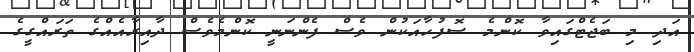
އަދި މި ބަޖެޓްގައިވާ ކޮންމެ ސޮފުހާއަކުން ވެސް ފެންނަނީ ކޮންމެވެސް ދާއިރާއެއްގެ ތަރައްގީގެ